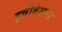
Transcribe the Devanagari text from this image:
इन्नोवेशन्स